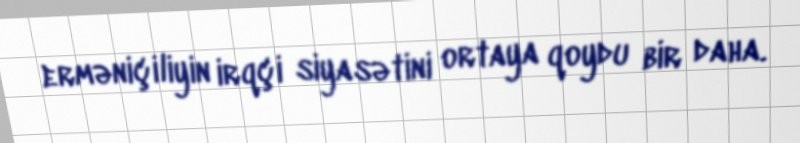
erməniçiliyin irqçi siyasətini ortaya qoydu bir daha.